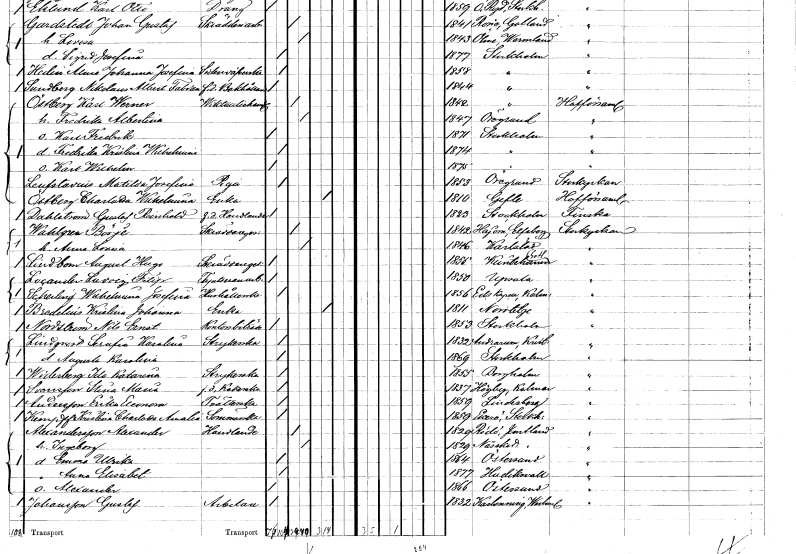
gt_parse: households: individuals: FN: Karl Werner
EN: Östberg
YRKE: Viktualiehandlare
KON: M
CIV: G
FODAR: 1842
FODFORS: Stockholm
FN: Fredrika Albertina
KON: K
CIV: G
FODAR: 1847
FODFORS: Öregrund Uppsala län
FN: Karl Fredrik
KON: M
CIV: O
FODAR: 1871
FODFORS: Stockholm
FN: Fredrika Kristina Wilhelmina
KON: K
CIV: O
FODAR: 1874
FODFORS: Stockholm
FN: Karl Wilhelm
KON: M
CIV: O
FODAR: 1875
FODFORS: Stockholm
FN: Matilda Josefina
EN: Laufstavicie
YRKE: Piga
KON: K
CIV: O
FODAR: 1853
FODFORS: Öregrund Uppsala län
FN: Charlotta Wilhelmina
EN: Östberg
YRKE: Änka
KON: K
CIV: E
FODAR: 1810
FODFORS: Gävle Gävleborgs län
FN: Gustaf Reinhold
EN: Dahlström
YRKE: Handlande f.d.
KON: M
CIV: O
FODAR: 1823
FODFORS: Stockholm
FN: Börje
EN: Wahlgren
YRKE: Skräddaregesäll
KON: M
CIV: G
FODAR: 1842
FODFORS: Hajom Älvsborgs län
FN: Anna Lovisa
KON: K
CIV: G
FODAR: 1846
FODFORS: Karlstad Värmlands län
FN: August Hugo
EN: Lindbom
YRKE: Skräddaregesäll
KON: M
CIV: O
FODAR: 1855
FODFORS: Klinte Gotlands län
FN: Ludvig Filip
EN: Lucansler
YRKE: Tapetseriarbetare
KON: M
CIV: O
FODAR: 1850
FODFORS: Uppsala Uppsala län
FN: Wilhelmina Josefina
EN: Scherling
YRKE: Hushållerska
KON: K
CIV: O
FODAR: 1856
FODFORS: Ed Kalmar län
FN: Kristina Johanna
EN: Bradelius
YRKE: Änka
KON: K
CIV: E
FODAR: 1811
FODFORS: Norrtälje Stockholms län
FN: Nils Ernst
EN: Nordström
YRKE: Kontorsbiträde
KON: M
CIV: O
FODAR: 1853
FODFORS: Stockholm
FN: Serafia Karolina
EN: Lindqvist
YRKE: Strykerska
KON: K
CIV: O
FODAR: 1832
FODFORS: Andrarum Kristianstads län
FN: Augusta Karolina
KON: K
CIV: O
FODAR: 1869
FODFORS: Stockholm
FN: Ida Katarina
EN: Widerberg
YRKE: Strykerska
KON: K
CIV: O
FODAR: 1855
FODFORS: Borgholm Kalmar län
FN: Stina Maria
EN: Svensson
YRKE: Kokerska f.d.
KON: K
CIV: O
FODAR: 1837
FODFORS: Högby Kalmar län
FN: Erika Eleonora
EN: Andersson
YRKE: Tvätterska
KON: K
CIV: O
FODAR: 1859
FODFORS: Lindesberg Örebro län
FN: Kristina Charlotta Amalia
EN: Kempff
YRKE: Sömmerska
KON: K
CIV: O
FODAR: 1859
FODFORS: Ekerö Stockholms län
FN: Alexander
EN: Alexandersson
YRKE: Handlande
KON: M
CIV: G
FODAR: 1829
FODFORS: Rödön Jämtlands län
FN: Ingeborg
KON: K
CIV: G
FODAR: 1829
FODFORS: Näskott Jämtlands län
FN: Emma Ulrika
KON: K
CIV: O
FODAR: 1864
FODFORS: Östersund Jämtlands län
FN: Anna Elisabet
KON: K
CIV: O
FODAR: 1877
FODFORS: Hudiksvall Gävleborgs län
FN: Alexander
KON: M
CIV: O
FODAR: 1866
FODFORS: Östersund Jämtlands län
FN: Gustaf
EN: Johansson
YRKE: Arbetare
KON: M
CIV: O
FODAR: 1832
FODFORS: Karbenning Västmanlands län